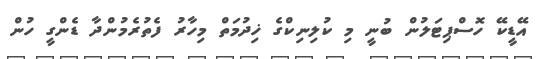
އޭޑީކޭ ހޮސްޕިޓަލުން ބުނީ މި ކުލިނިކްގެ ޚިދުމަތް މިހާރު ފެތުރެމުންދާ ޑެންގީ ހުން